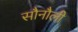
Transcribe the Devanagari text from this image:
सौनौली